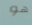
هو